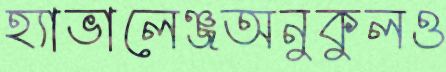
হ্যাভালেঞ্জঅনুকুলও